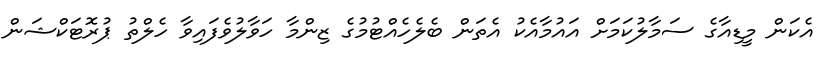
އެކަން މީޑިއާގެ ސަމާލުކަމަށް އައުމާއެކު އެތަން ބެލެހެއްޓުމުގެ ޒިންމާ ހަވާލުވެފައިވާ ހެލްތު ޕުރޮޓަކްޝަން